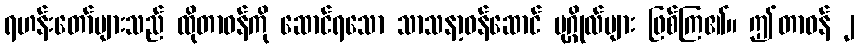
ရဟန်းတော်များသည် ထိုတာဝန်ကို ဆောင်ရသော သာသနာ့ဝန်ဆောင် ပုဂ္ဂိုလ်များ ဖြစ်ကြ၏။ ဤတာဝန် ၂